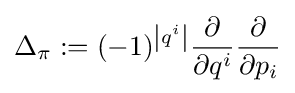
\Delta _{\pi }:=(-1)^{\left|q^{i}\right|}{\frac {\partial }{\partial q^{i}}}{\frac {\partial }{\partial p_{i}}}